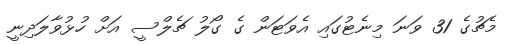
މެޗުގެ 31 ވަނަ މިނެޓުގައި އެވަޓަން ގެ ގޯލު ޗެލްސީ އަށް ހުޅުވާލަދިނީ